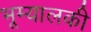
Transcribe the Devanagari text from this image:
भूम्यालकी